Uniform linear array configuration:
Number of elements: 8
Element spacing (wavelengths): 0.75
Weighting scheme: kaiser
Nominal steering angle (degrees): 0
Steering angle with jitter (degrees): -1.76
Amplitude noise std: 0.05
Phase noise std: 0.05

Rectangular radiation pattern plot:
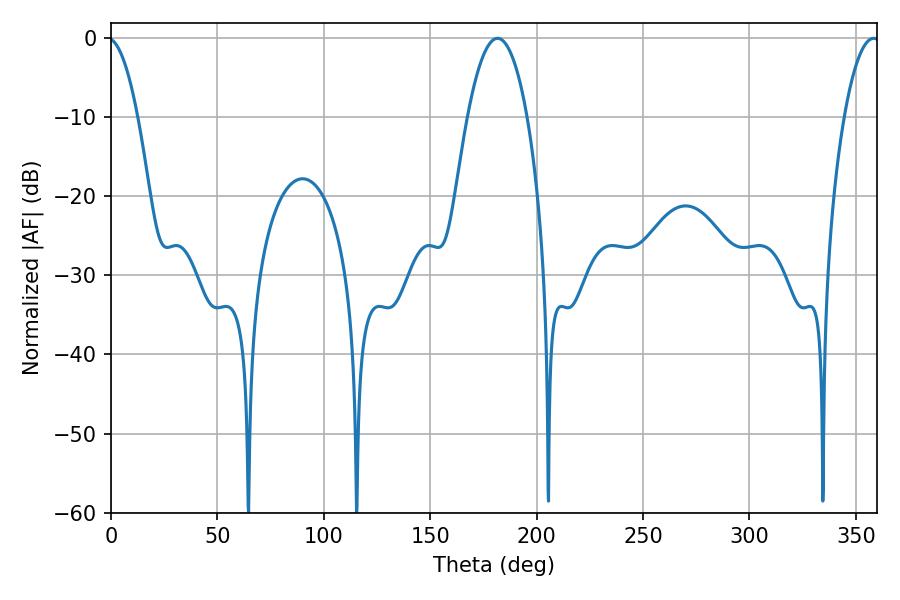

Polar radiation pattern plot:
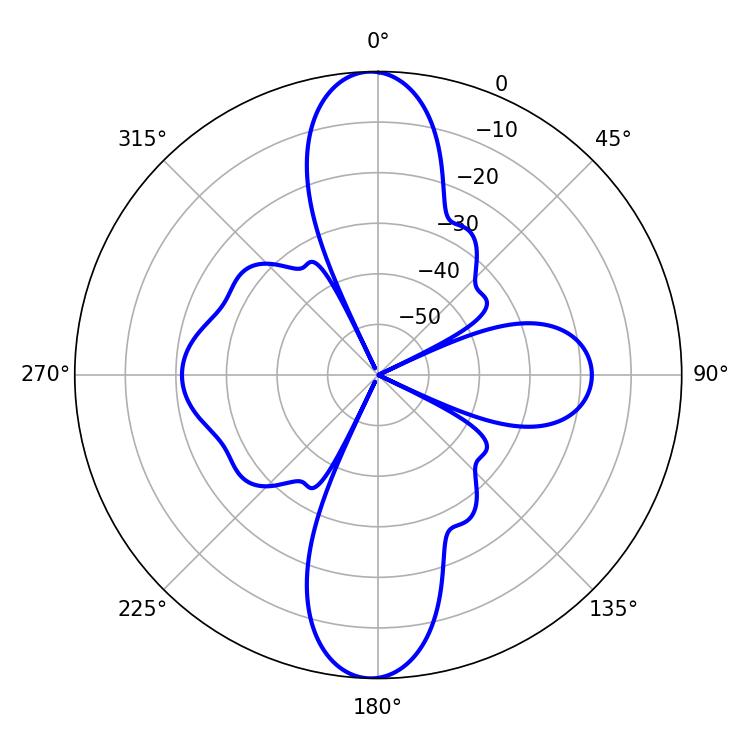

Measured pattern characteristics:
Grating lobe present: TRUE
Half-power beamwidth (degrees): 15.48
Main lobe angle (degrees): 181.62